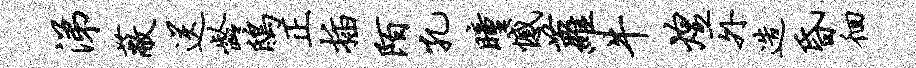
涕蔽送龄鸱正插陌孔瞳憾萝牛煌外造昏徊